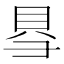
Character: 𮙱